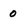
Character: 0